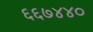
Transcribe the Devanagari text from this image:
६६७४४०